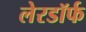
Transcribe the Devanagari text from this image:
लेरडॉर्फ